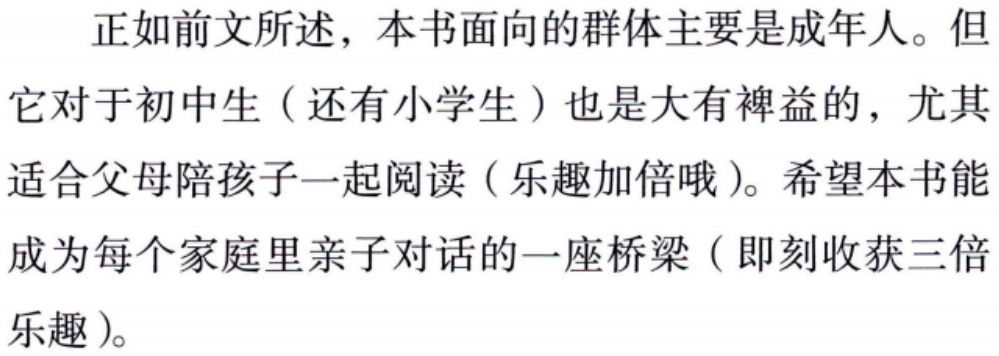
正如前文所述，本书面向的群体主要是成年人。但它对于初中生（还有小学生）也是大有裨益的，尤其适合父母陪孩子一起阅读（乐趣加倍哦）。希望本书能成为每个家庭里亲子对话的一座桥梁（即刻收获三倍乐趣）。